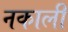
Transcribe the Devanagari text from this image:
नकाली